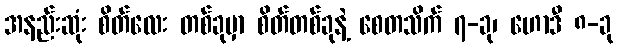
အနည်းဆုံး စိတ်လေး တစ်ခုမှာ စိတ်တစ်ခုနဲ့ စေတသိက် ၇-ခု၊ ဟောဒီ ၈-ခု